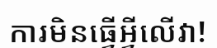
ការមិនធ្វើអ្វីលើវា!